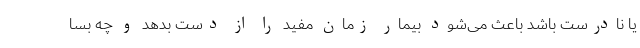
یا نادرست باشد باعث می‌شود بیمار زمان مفید را از دست بدهد و چه بسا